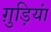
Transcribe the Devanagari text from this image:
ग़ुड़ियां